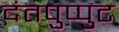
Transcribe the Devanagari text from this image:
दंतपुप्पुट